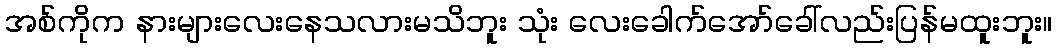
အစ်ကိုက နားများလေးနေသလားမသိဘူး သုံး လေးခေါက်အော်ခေါ်လည်းပြန်မထူးဘူး။